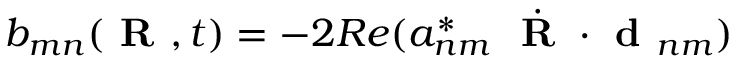
b _ { m n } ( \textbf { R } , t ) = - 2 R e ( a _ { n m } ^ { * } \ \dot { \textbf { R } } \cdot \textbf { d } _ { n m } )